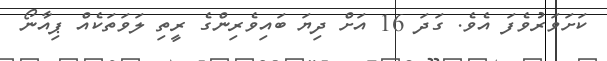
ކަށަވަރުވެފަ އެވެ. ގަދަ 16 އަށް ދިޔަ ބައިވެރިންގެ ރީތި ލަވަތަކެއް ޕިއާނޯ